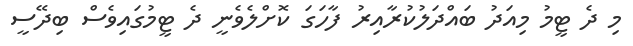
މި ދެ ޓީމު މިއަދު ބައްދަލުކުރާއިރު ފާހަގަ ކޮށްލެވެނީ ދެ ޓީމުގައިވެސް ބިދޭސީ